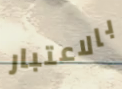
بالاعتبار